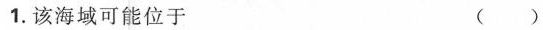
1.该海域可能位于 ()